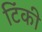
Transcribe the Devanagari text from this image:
टिंकी